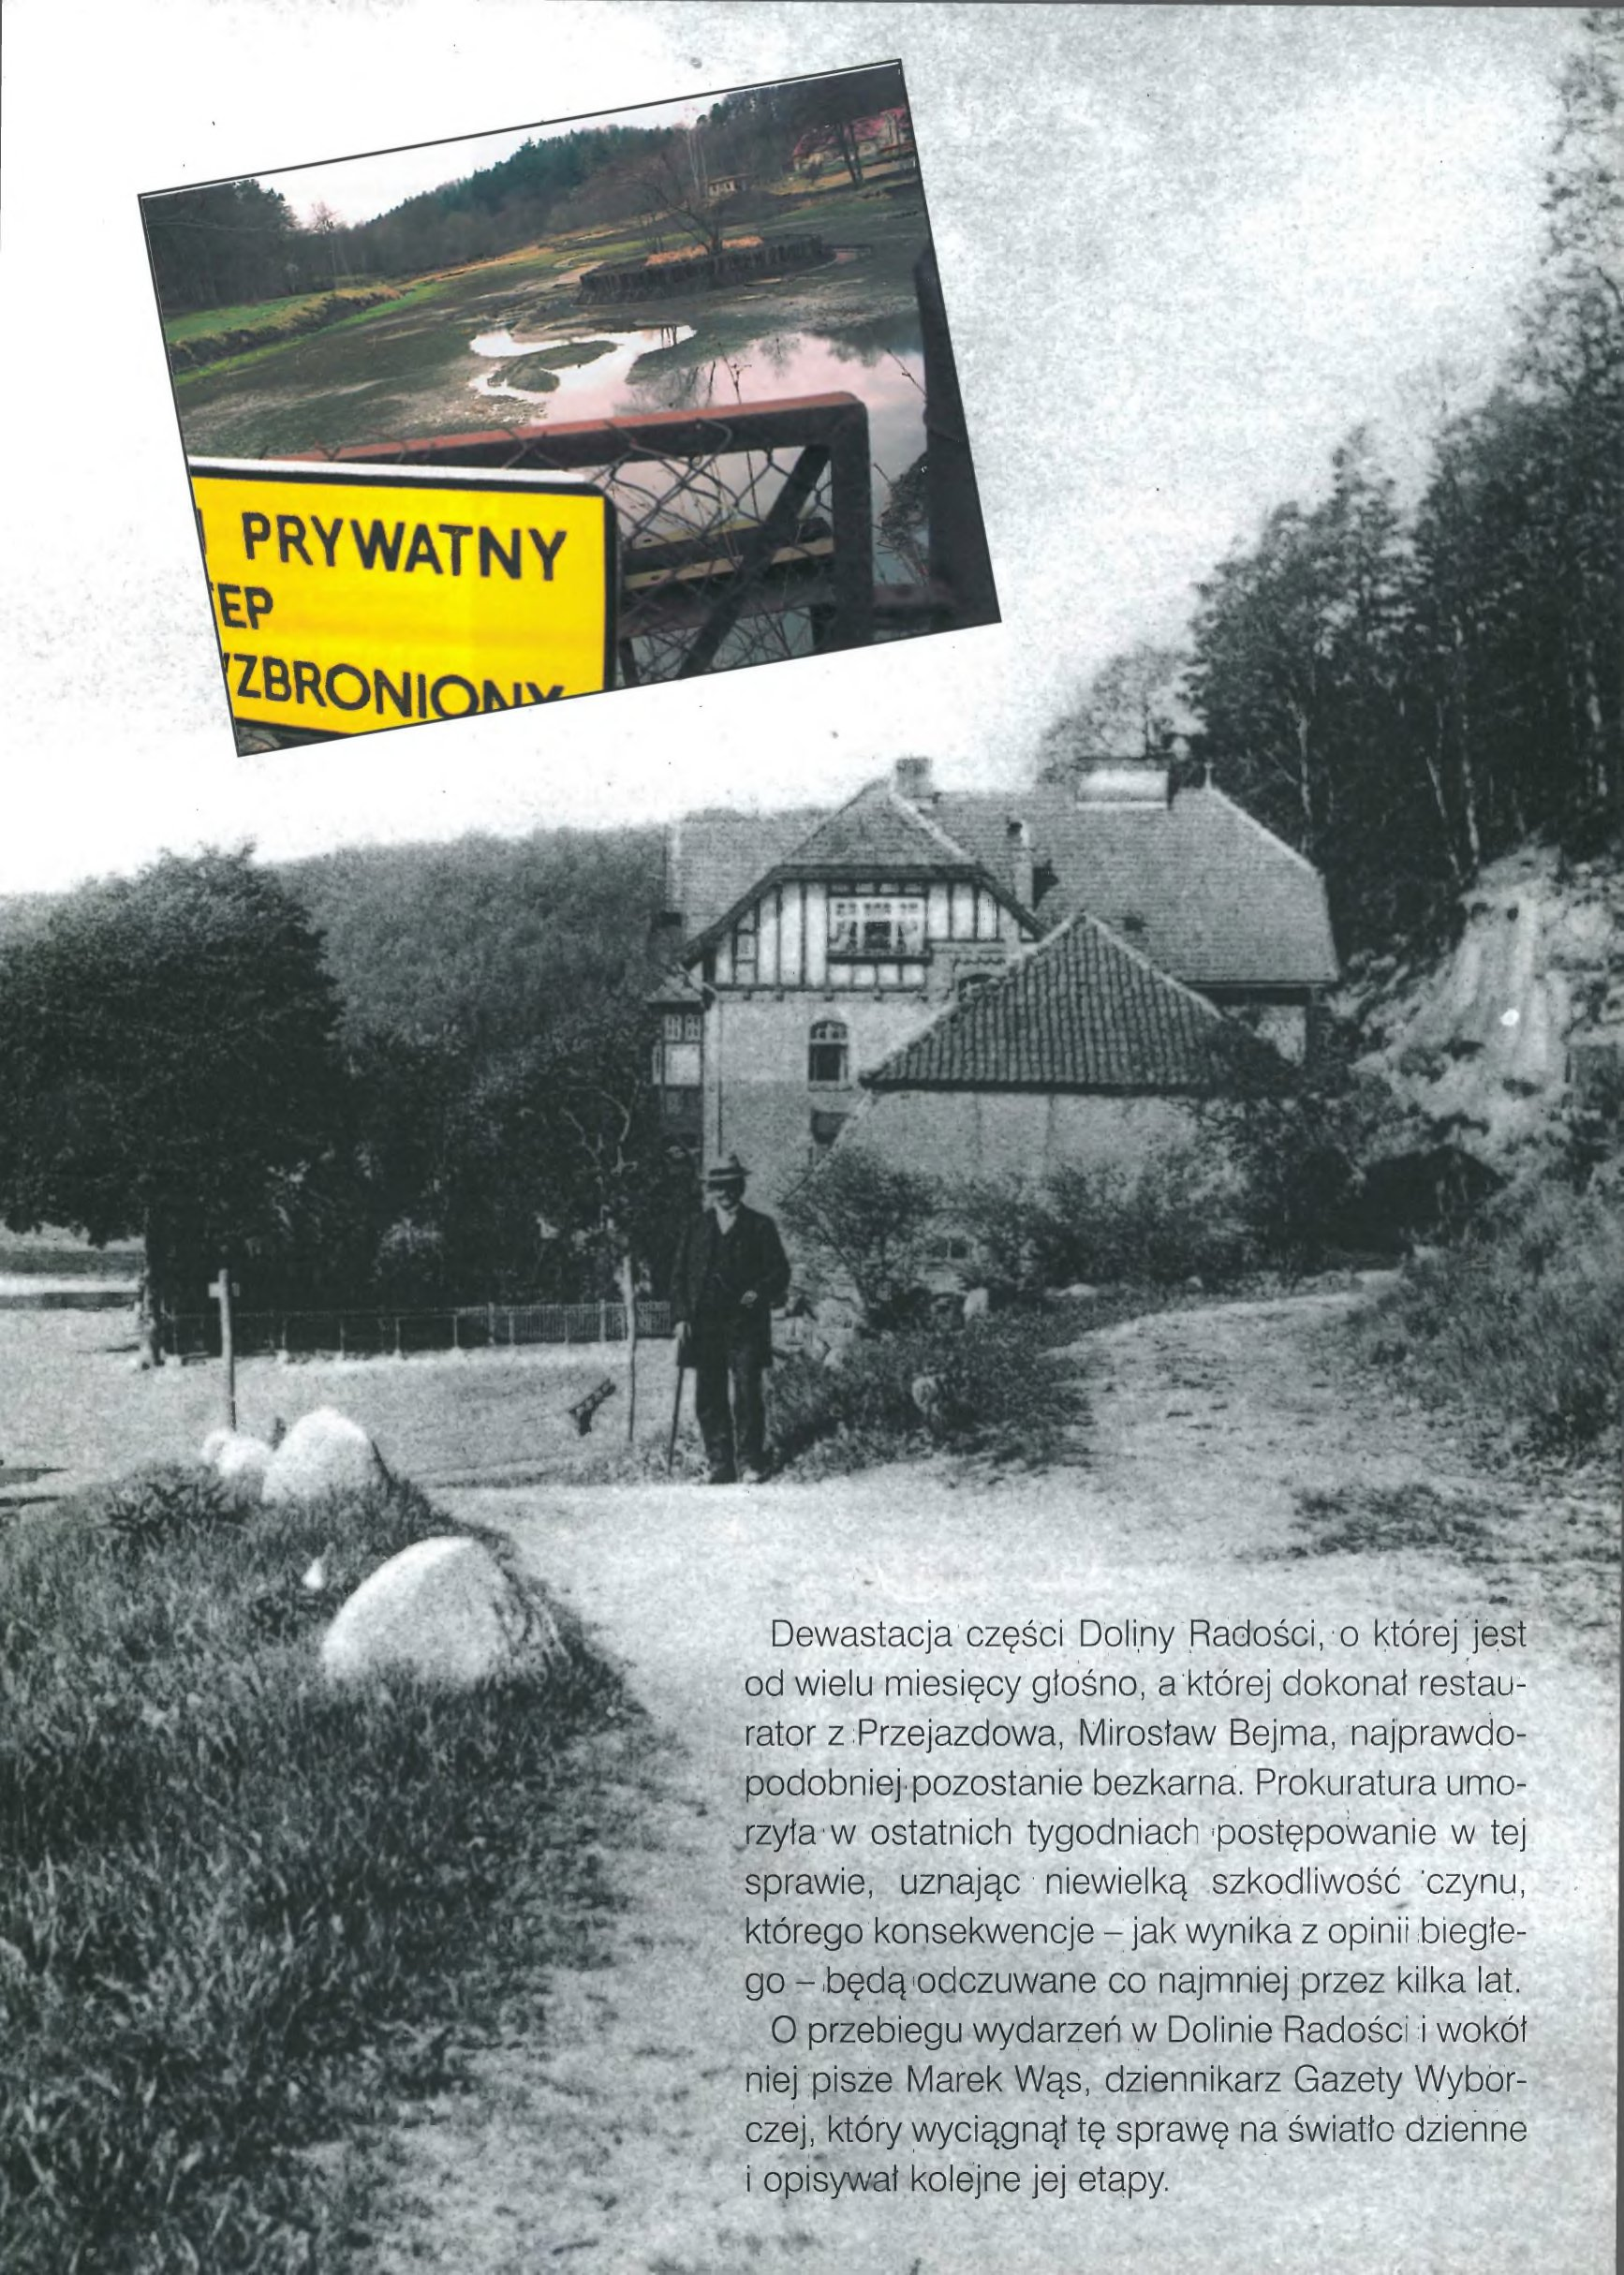
Language: pl